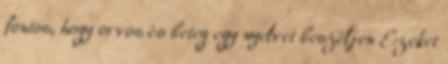
fontos, hogy orvos és beteg egy nyelvet beszéljen Ezeket